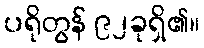
ပရိုတွန် ၉၂ခုရှိ၏။